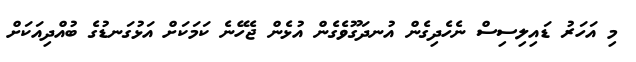
މި އަހަރު ޑައިލިސިސް ނެހެދިގެން އުނދަގޫވެގެން އުޅެން ޖެހޭނެ ކަމަކަށް އަޅުގަނޑުގެ ބުއްދިއަކަށް